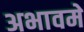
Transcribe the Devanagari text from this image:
अभावमे